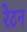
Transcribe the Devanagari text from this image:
रेटन